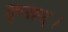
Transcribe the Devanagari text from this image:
कृतम्।